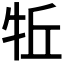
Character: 𱭬